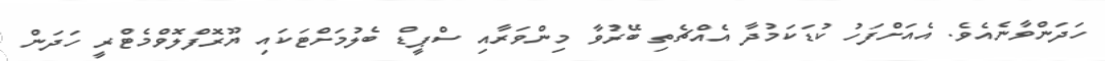
ހަދަންވާނެއެވެ. އެއަށްފަހު ކުޑަކަމުދާ އެއްޗެތި ބޭރުވާ މިންވަރާއި ސްޕީޑް ބެލުމަށްޓަކައި ޔޫރޮފްލޮވްމެޓްރީ ހަދަން